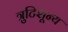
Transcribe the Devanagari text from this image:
त्रुटिशून्य